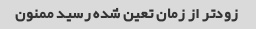
زودتر از زمان تعین شده رسید ممنون